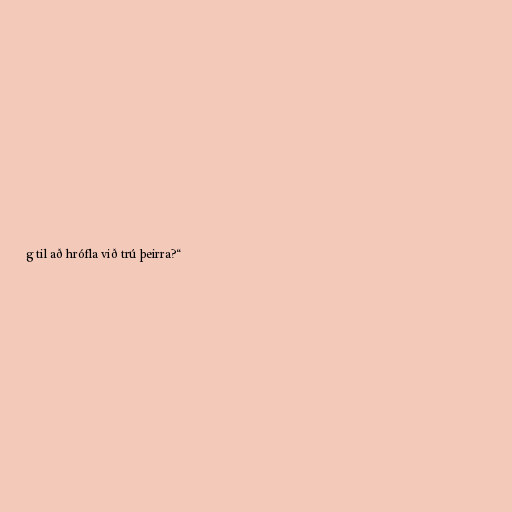
g til að hrófla við trú þeirra?“